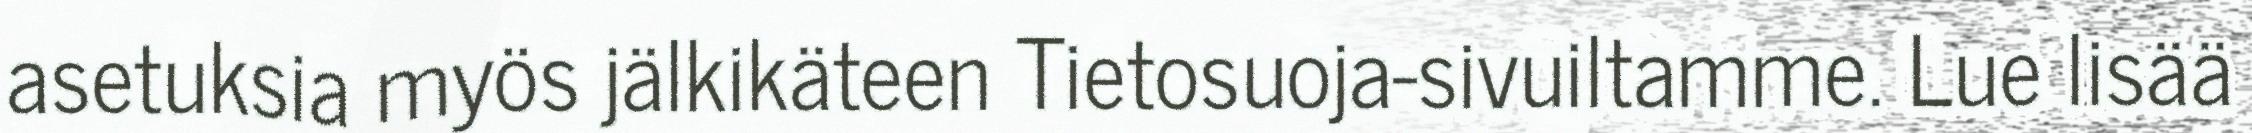
asetuksia myös jälkikäteen Tietosuoja-sivuiltamme. Lue lisää